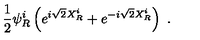
\frac { 1 } { 2 } \psi _ { R } ^ { i } \left( e ^ { i \sqrt { 2 } X _ { R } ^ { i } } + e ^ { - i \sqrt { 2 } X _ { R } ^ { i } } \right) \ .